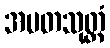
အမတသုတ္တံ